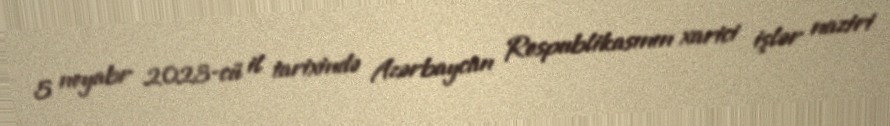
5 noyabr 2023-cü il tarixində Azərbaycan Respublikasının xarici işlər naziri